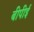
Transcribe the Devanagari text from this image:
बीपीई